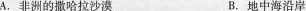
A.非洲的撒哈拉沙漠 B.地中海沿岸